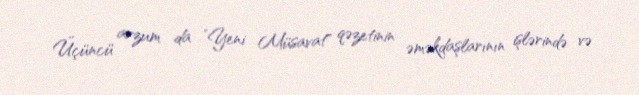
Üçüncü arzum da ”Yeni Müsavat" qəzetinin əməkdaşlarının işlərində və